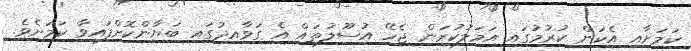
ކަމަށާއި އެކަން ކުރުމުގައި އަމަލުކުރަން ޖެހޭ އުސޫލުތައް އެ ގަވާއިދުގައި ބަޔާންކޮށްފައިވާ ކަމަށެވެ.